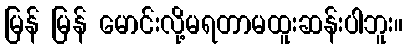
မြန် မြန် မောင်းလို့မရတာမထူးဆန်းပါဘူး။